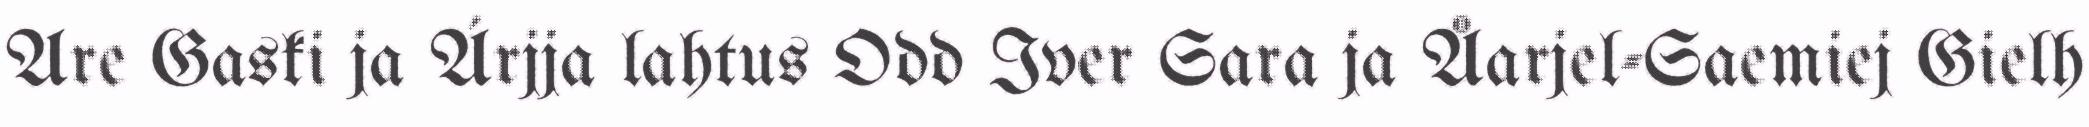
Are Gaski ja Árjja lahtus Odd Iver Sara ja Åarjel-Saemiej Gielh